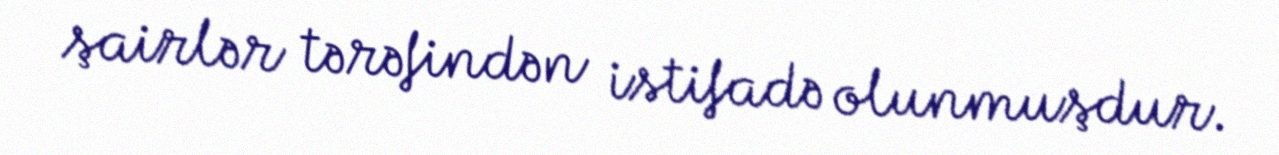
şairlər tərəfindən istifadə olunmuşdur.